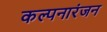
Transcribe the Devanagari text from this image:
कल्पनारंजन